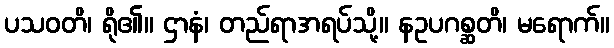
ပသဝတိ၊ ရို၏။ ဌာနံ၊ တည်ရာအရပ်သို့။ နဥပဂစ္ဆတိ၊ မရောက်။